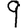
Digit: 9